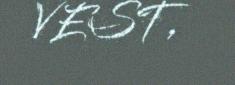
VEST,